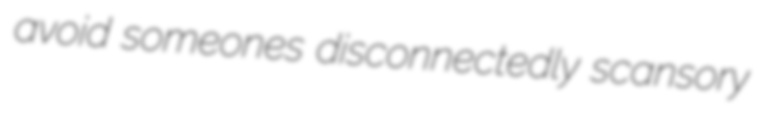
avoid someones disconnectedly scansory